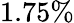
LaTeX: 1.75\%